Mental hospitals Bombay report 1921-28 - 1921-1928
Year: 1921
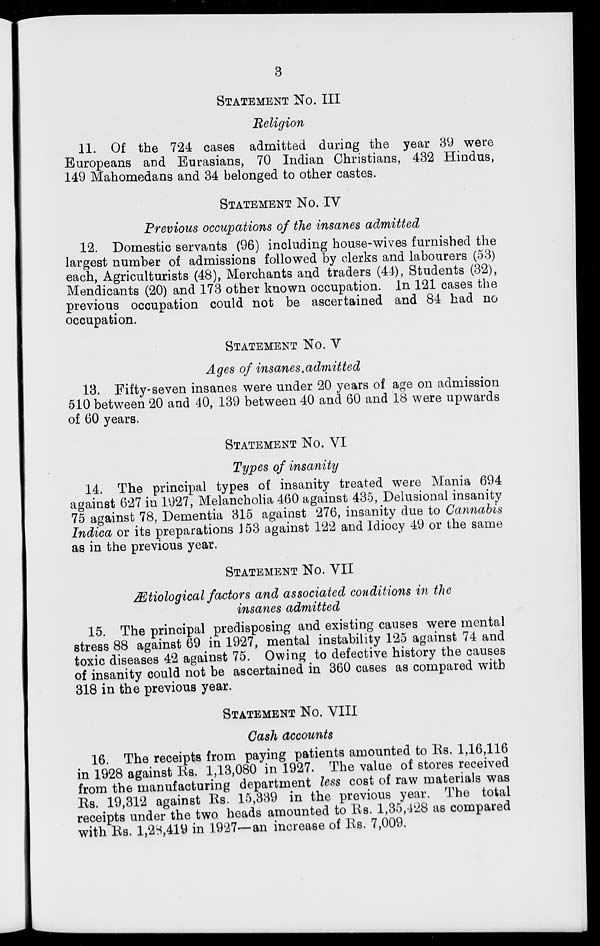
3
STATEMENT No. III
Religion
11. Of the 724 cases admitted during the year 39 were
Europeans and Eurasians, 70 Indian Christians, 432 Hindus,
149 Mahomedans and 34 belonged to other castes.
STATEMENT No. IV
Previous occupations of the insanes admitted
12. Domestic servants (96) including house-wives furnished the
largest number of admissions followed by clerks and labourers (53)
each, Agriculturists (48), Merchants and traders (44), Students (32),
Mendicants (20) and 173 other known occupation. In 121 cases the
previous occupation could not be ascertained and 84 had no
occupation.
STATEMENT No. V
Ages of insanes.admitted
13. Fifty-seven insanes were under 20 years of age on admission
510 between 20 and 40, 139 between 40 and 60 and 18 were upwards
of 60 years.
STATEMENT No. VI
Types of insanity
14. The principal types of insanity treated were Mania 694
against 627 in 1927, Melancholia 460 against 435, Delusional insanity
75 against 78, Dementia 315 against 276, insanity due to Cannabis
Indica or its preparations 153 against 122 and Idiocy 49 or the same
as in the previous year.
STATEMENT No. VII
Ætiological factors and associated conditions in the
insanes admitted
15. The principal predisposing and existing causes were mental
stress 88 against 69 in 1927, mental instability 125 against 74 and
toxic diseases 42 against 75. Owing to defective history the causes
of insanity could not be ascertained in 360 cases as compared with
318 in the previous year.
STATEMENT No. VIII
Cash accounts
16. The receipts from paying patients amounted to Rs. 1,16,116
in 1928 against Rs. 1,13,080 in 1927. The value of stores received
from the manufacturing department less cost of raw materials was
Rs. 19,312 against Rs. 15,339 in the previous year. The total
receipts under the two heads amounted to Rs. 1,35,428 as compared
with Rs. 1,28,419 in 1927—an increase of Rs. 7,009.